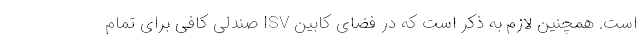
است. همچنین لازم به ذکر است که در فضای کابین ISV صندلی کافی برای تمام